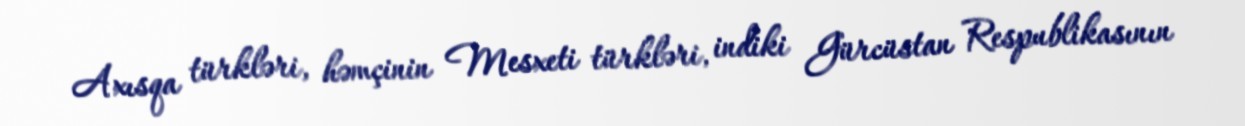
Axısqa türkləri, həmçinin Mesxeti türkləri, indiki Gürcüstan Respublikasının